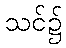
သင်၌